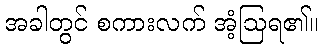
အခါတွင် စကားလက် အံ့ဩရ၏။